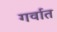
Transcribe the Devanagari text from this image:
गर्वात